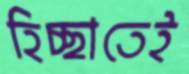
হিচ্ছাতেই